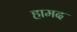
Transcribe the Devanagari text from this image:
हामद